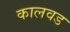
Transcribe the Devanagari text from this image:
कालवड